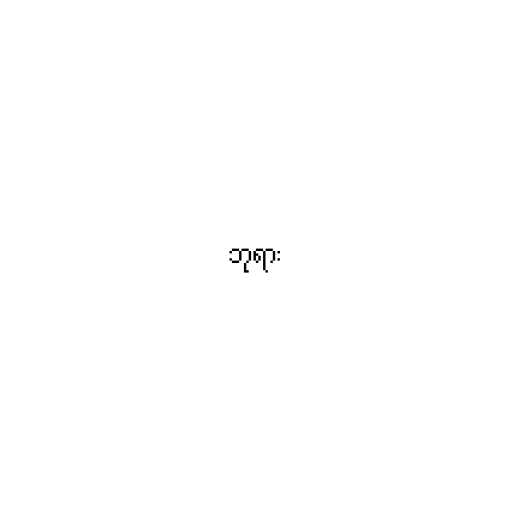
ဘုရား